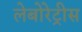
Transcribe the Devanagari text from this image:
लेबोरेट्रीस